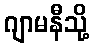
ဂျာမနီသို့